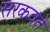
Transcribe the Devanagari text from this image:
सरकवते